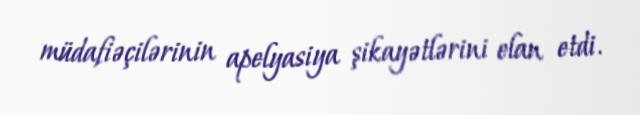
müdafiəçilərinin apelyasiya şikayətlərini elan etdi.